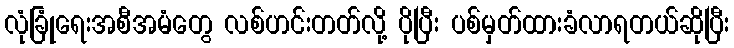
လုံခြုံရေးအစီအမံတွေ လစ်ဟင်းတတ်လို့ ပိုပြီး ပစ်မှတ်ထားခံလာရတယ်ဆိုပြီး